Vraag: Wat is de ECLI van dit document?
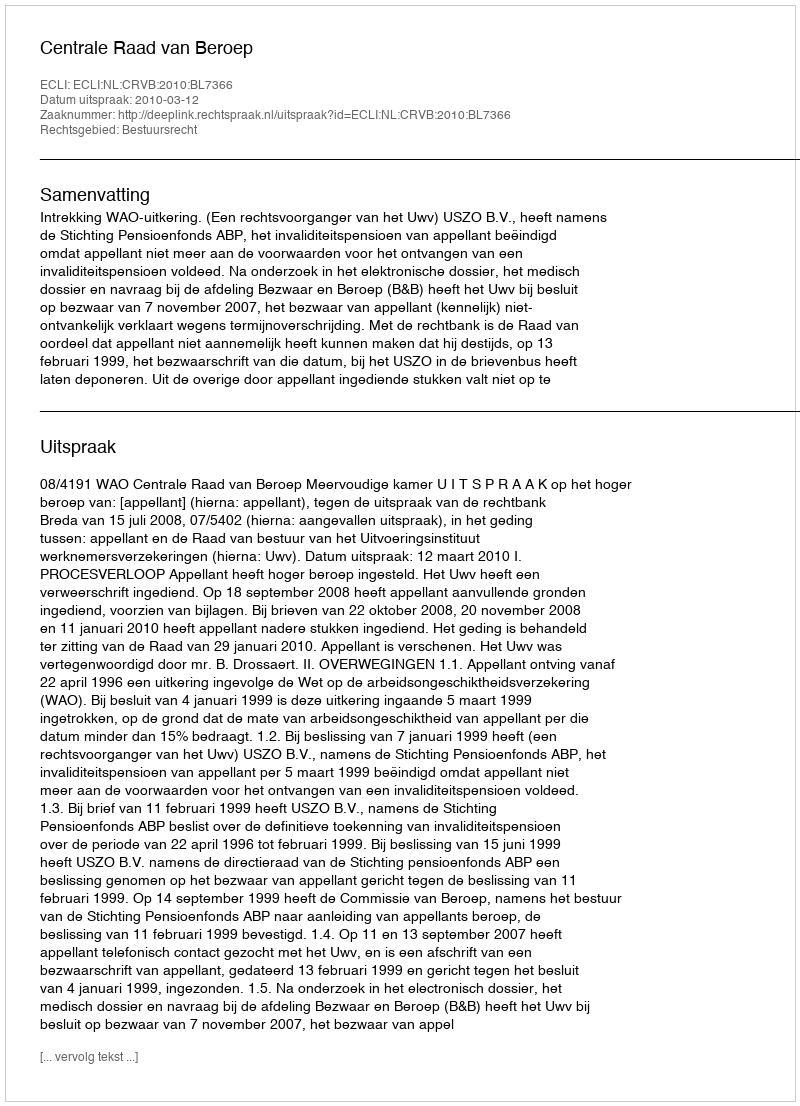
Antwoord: ECLI:NL:CRVB:2010:BL7366